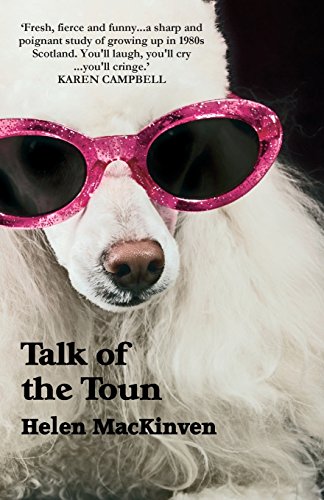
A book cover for Talk of the Toun; Helen MacKinven; Literature & Fiction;